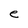
Character: e